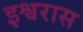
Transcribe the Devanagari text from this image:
इश्वरास